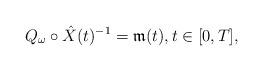
LaTeX: \begin{align*}Q_{\omega}\circ \hat{X}(t)^{-1} = \mathfrak{m}(t),t\in [0,T],\end{align*}